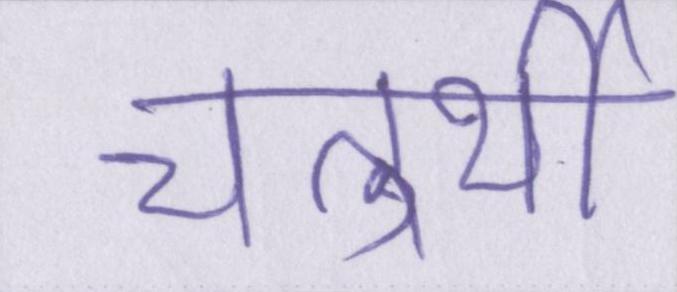
चतुर्थी